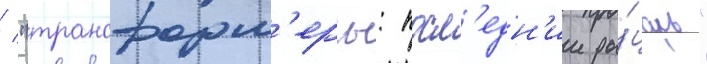
/ "трансформ'еры: посл'едн'ии ры́царь"